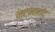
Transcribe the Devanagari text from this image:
नटनानंद